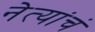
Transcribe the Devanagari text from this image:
नेत्यांचं